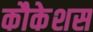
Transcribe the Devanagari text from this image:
कौकेशस